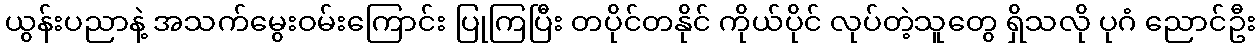
ယွန်းပညာနဲ့ အသက်မွေးဝမ်းကြောင်း ပြုကြပြီး တပိုင်တနိုင် ကိုယ်ပိုင် လုပ်တဲ့သူတွေ ရှိသလို ပုဂံ ညောင်ဦး